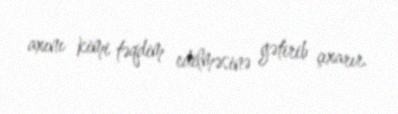
axını kimi təqdim edilməsinə gətirib çıxarır.